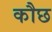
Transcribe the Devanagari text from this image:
कौछ